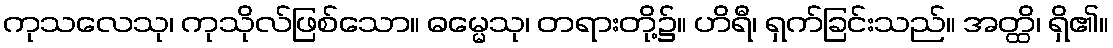
ကုသလေသု၊ ကုသိုလ်ဖြစ်သော။ ဓမ္မေသု၊ တရားတို့၌။ ဟိရီ၊ ရှက်ခြင်းသည်။ အတ္ထိ၊ ရှိ၏။